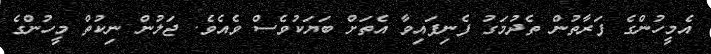
އެމީހުންގެ ފަރާތުން ތެދުމަގު ފެނިފައިވާ އެތަށް ބަޔަކުވެސް ވެއެވެ. ޖަލުން ނިކުތް މީހުންގެ